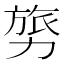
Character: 𭄸